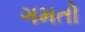
ગમતો